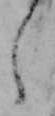
え